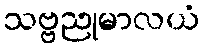
သဗ္ဗညုမာလယံ